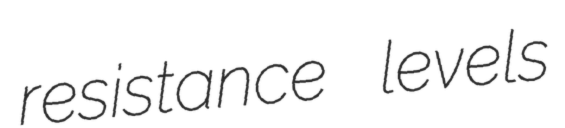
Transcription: resistance levels